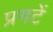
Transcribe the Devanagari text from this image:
प्रगटें